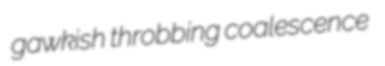
gawkish throbbing coalescence